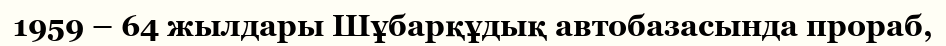
1959 – 64 жылдары Шұбарқұдық автобазасында прораб,